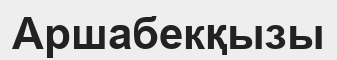
Аршабекқызы